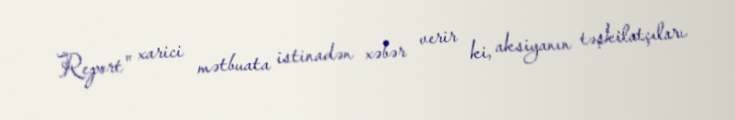
Report" xarici mətbuata istinadən xəbər verir ki, aksiyanın təşkilatçıları